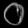
Digit: ၀